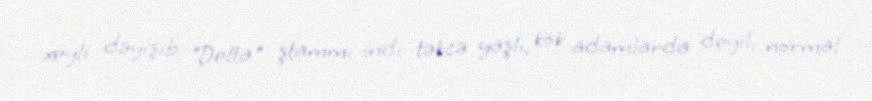
xeyli dəyişib: “Delta" ştammı indi təkcə yaşlı, kök adamlarda deyil, normal